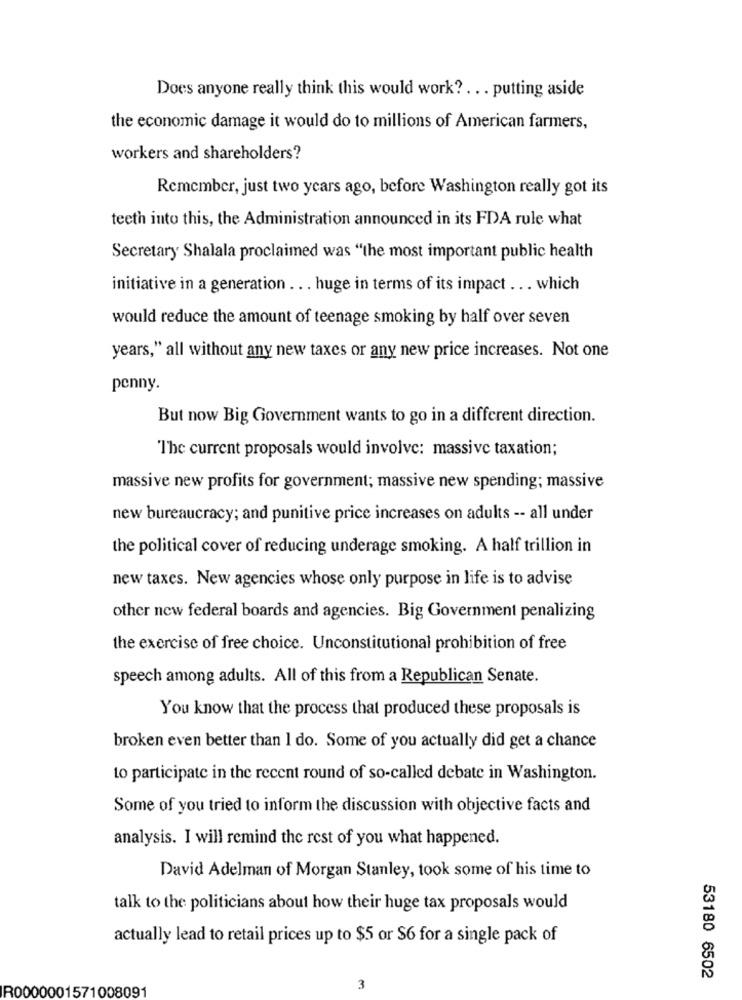
Does anyone really think this would work ?. .. putting aside
the economic damage it would do to millions of American farmers,
workers and shareholders?
Remember, just two years ago, before Washington really got its
teeth into this, the Administration announced in its FDA rule what
Secretary Shalala proclaimed was "the most important public health
initiative in a generation ... huge in terms of its impact ... which
would reduce the amount of teenage smoking by half over seven
years," all without any new taxes or any new price increases. Not one
penny.
But now Big Government wants to go in a different direction.
The current proposals would involve: massive taxation;
massive new profits for government; massive new spending; massive
new bureaucracy; and punitive price increases on adults -- all under
the political cover of reducing underage smoking. A half trillion in
new taxes. New agencies whose only purpose in life is to advise
other new federal boards and agencies. Big Government penalizing
the exercise of free choice. Unconstitutional prohibition of free
speech among adults. All of this from a Republican Senate.
You know that the process that produced these proposals is
broken even better than I do. Some of you actually did get a chance
to participate in the recent round of so-called debate in Washington.
Some of you tried to inform the discussion with objective facts and
analysis. I will remind the rest of you what happened.
David Adelman of Morgan Stanley, took some of his time to
talk to the politicians about how their huge tax proposals would
actually lead to retail prices up to $5 or $6 for a single pack of
53180 6502
R0000001571008091
3